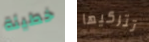
خطيئة تتركيها